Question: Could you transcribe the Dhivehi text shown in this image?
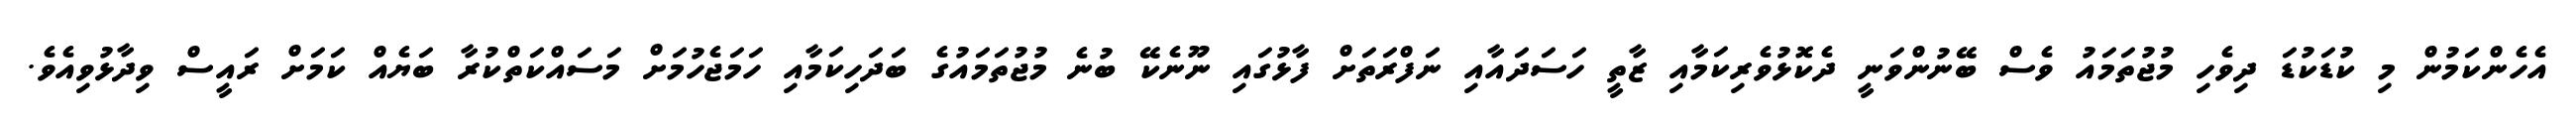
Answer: އެހެންކަމުން މި ކުޑަކުޑަ ދިވެހި މުޖުތަމައު ވެސް ބޭނުންވަނީ ދެކޮޅުވެރިކަމާއި ޒާތީ ހަސަދައާއި ނަފްރަތަށް ފާޅުގައި ނޫނެކޭ ބުނެ މުޖުތަމައުގެ ބަދަހިކަމާއި ހަމަޖެހުމަށް މަސައްކަތްކުރާ ބަޔެއް ކަމަށް ރައީސް ވިދާޅުވިއެވެ.